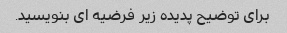
برای توضیح پدیده زیر فرضیه ای بنویسید.